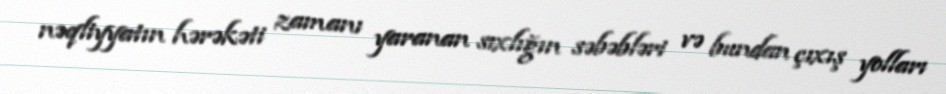
nəqliyyatın hərəkəti zamanı yaranan sıxlığın səbəbləri və bundan çıxış yolları